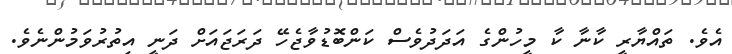
އެވެ. ތައްޔާރީ ކާނާ ކާ މީހުންގެ އަދަދުވެސް ކަންބޮޑުވާޖެހޭ ދަރަޖައަށް ދަނީ އިތުރުވަމުންނެވެ.